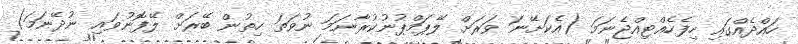
ހައްދެއްގައި ހިފެހެއްޓިއްޖެނަމަ (އެކަށޭނަ ވަރަށް ލޭޕަމްޕުނުކުރާނަމަ ނުވަތަ ހިތުން ބޭރަށް ލޭފޮނުވައި ނުދޭނަމަ)